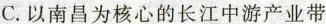
C.以南昌为核心的长江中游产业带